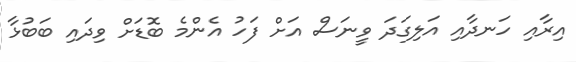
އިރާއި ހަނދާއި އަލިގަދަ ވީނަސް އަށް ފަހު އެންމެ ބޮޑަށް ވިދައި ބަބުޅާ